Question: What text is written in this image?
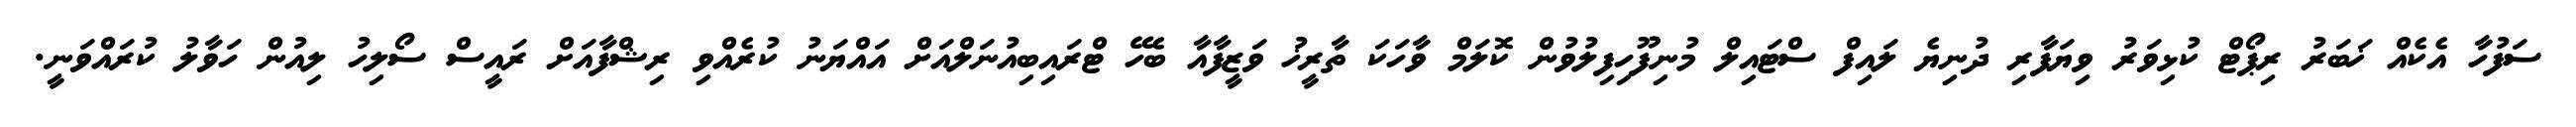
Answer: ސަފުހާ އެކެއް ޚަބަރު ރިޕޯޓް ކުޅިވަރު ވިޔަފާރި ދުނިޔެ ލައިފް ސްޓައިލް މުނިފޫހިފިލުވުން ކޮލަމް ވާހަކަ ތާރީޚު ވަޒީފާއާ ބެހޭ ޓްރައިބިއުނަލްއަށް އައްޔަނު ކުރެއްވި ރިޝްފާއަށް ރައީސް ސޯލިހު ލިއުން ހަވާލު ކުރައްވަނީ.